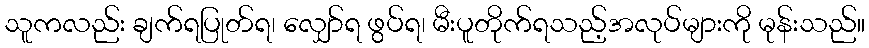
သူကလည်း ချက်ရပြုတ်ရ၊ လျှော်ရ ဖွပ်ရ၊ မီးပူတိုက်ရသည့်အလုပ်များကို မုန်းသည်။